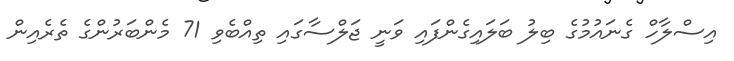
އިސްލާހް ގެނައުމުގެ ބިލު ބަލައިގެންފައި ވަނީ ޖަލްސާގައި ތިއްބެވި 71 މެންބަރުންގެ ތެރެއިން